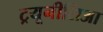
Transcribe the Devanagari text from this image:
ट्रयूनीशिआ